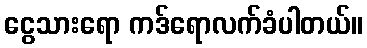
ငွေသားရော ကဒ်ရောလက်ခံပါတယ်။